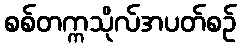
စစ်တက္ကသိုလ်အပတ်စဉ်